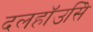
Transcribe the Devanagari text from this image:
दलहॉउसिे